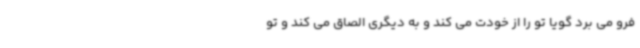
فرو می برد گویا تو را از خودت می کند و به دیگری الصاق می کند و تو